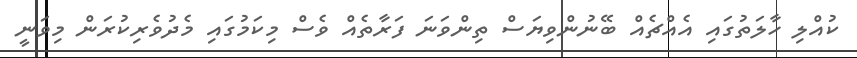
ކުއްލި ހާލަތުގައި އެއްޗެއް ބޭނުންވިޔަސް ތިންވަނަ ފަރާތެއް ވެސް މިކަމުގައި މެދުވެރިކުރަން މިވަނީ